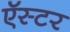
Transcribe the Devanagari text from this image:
ऍस्टर